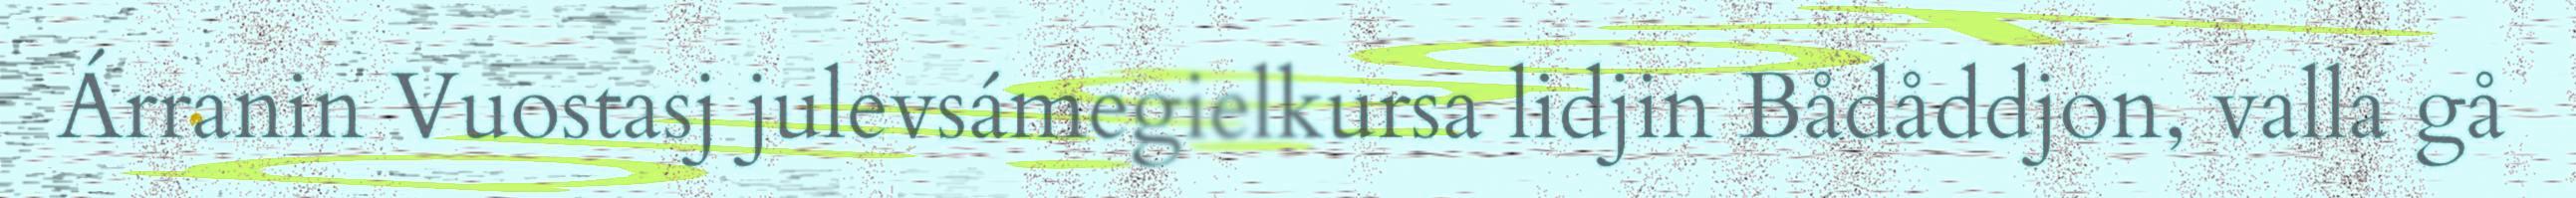
Árranin Vuostasj julevsámegielkursa lidjin Bådåddjon, valla gå